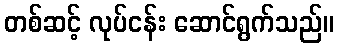
တစ်ဆင့် လုပ်ငန်း ဆောင်ရွက်သည်။